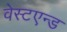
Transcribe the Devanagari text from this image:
वेस्टएन्ड